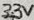
Text: 33V